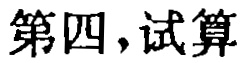
第四，试算